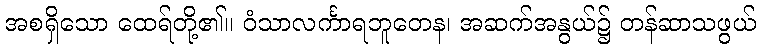
အစရှိသော ထေရ်တို့၏။ ဝံသာလင်္ကာရဘူတေန၊ အဆက်အနွယ်၌ တန်ဆာသဖွယ်